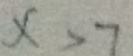
x > 7